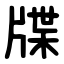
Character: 牒